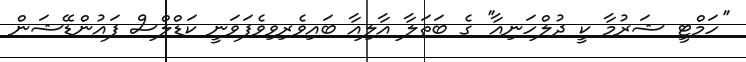
''ހަމްޓީ ޝަރުމާ ކީ ދުލްހަނިއާ'' ގެ ބަތަލާ އާލިއާ ބައިވެރިވިވެފަވަނީ ކަޑްލްސް ފައުންޑޭޝަން